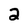
Character: 2